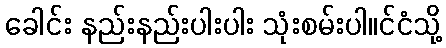
ခေါင်း နည်းနည်းပါးပါး သုံးစမ်းပါ။င်ငံသို့